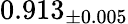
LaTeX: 0.913_{\pm 0.005}